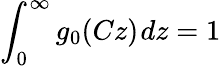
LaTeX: \int_{0}^{\infty}g_{0}(Cz)~\! dz=1